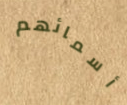
أسمائهم